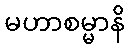
မဟာစမ္မာနိ